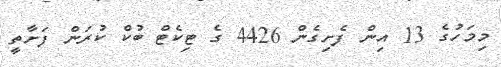
މިމަހުގެ 13 އިން ފެށިގެން 4426 ގެ ޓިކެޓް ބުކް ކުރަން ފަށާތީ